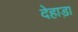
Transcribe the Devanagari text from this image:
देहाड़ा